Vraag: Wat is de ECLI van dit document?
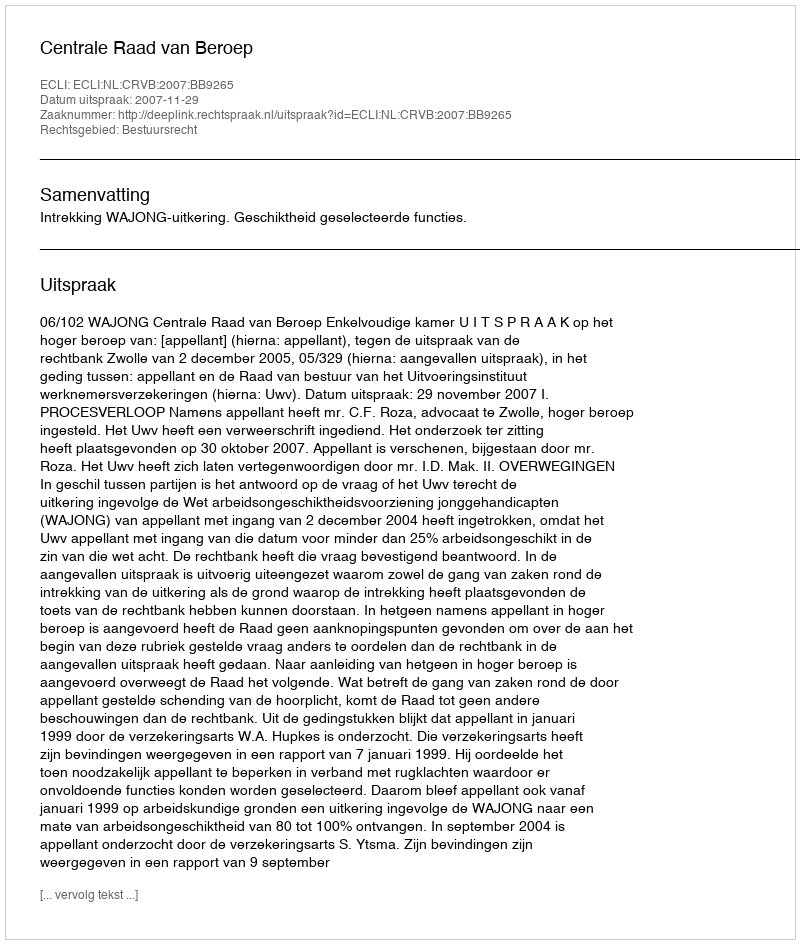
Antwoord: ECLI:NL:CRVB:2007:BB9265